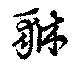
貅